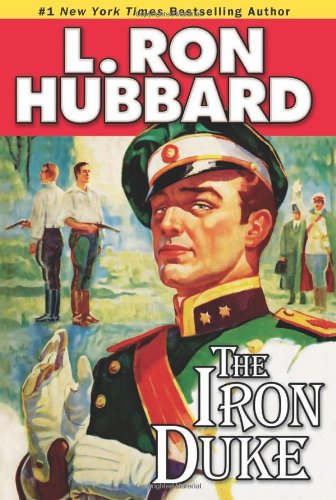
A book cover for Iron Duke, The: A Novel of Rogues, Romance, and Royal Con Games in 1930s Europe (Action Adventure Short Stories Collection); L. Ron Hubbard; Religion & Spirituality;